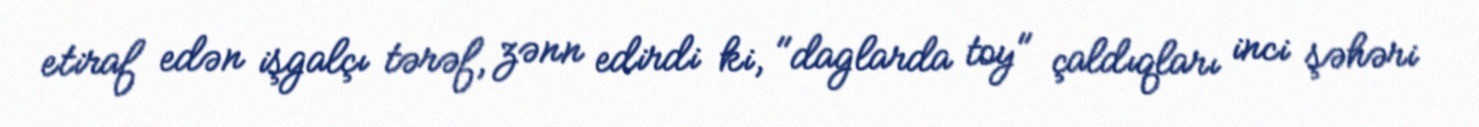
etiraf edən işgalçı tərəf, zənn edirdi ki, "daglarda toy" çaldıqları inci şəhəri